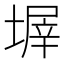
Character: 𡎰